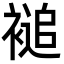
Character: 𮖦